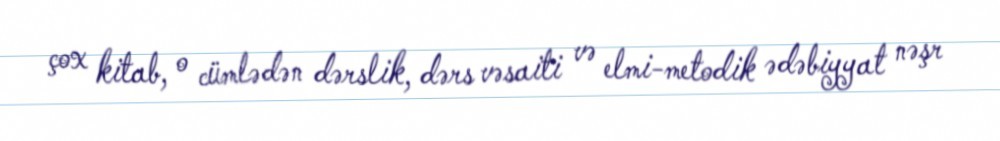
çox kitab, o cümlədən dərslik, dərs vəsaiti və elmi-metodik ədəbiyyat nəşr